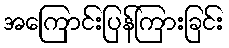
အကြောင်းပြန်ကြားခြင်း